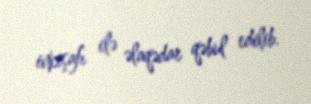
inkişafı ilə əlaqədar qəbul edilib.